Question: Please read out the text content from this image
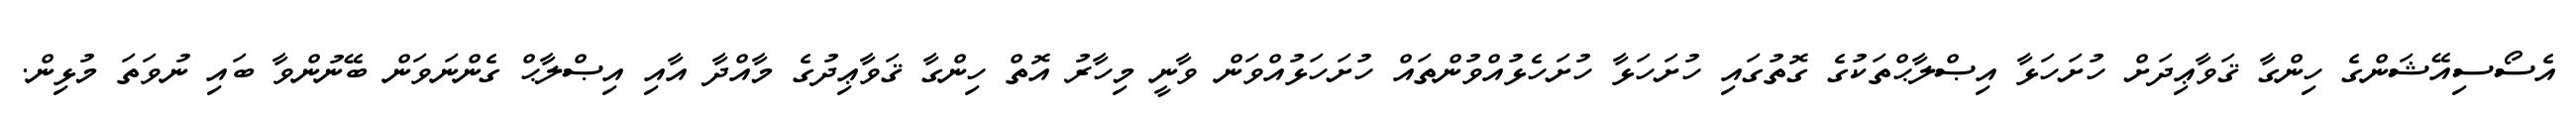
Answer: އެސޯސިއޭޝަންގެ ހިންގާ ޤަވާޢިދަށް ހުށަހަޅާ އިޞްލާޙްތަކުގެ ގޮތުގައި ހުށަހަޅާ ހުށަހެޅުއްވުންތައް ހުށަހަޅުއްވަން ވާނީ މިހާރު އޮތް ހިންގާ ޤަވާޢިދުގެ މާއްދާ އާއި އިޞްލާޙް ގެންނަވަން ބޭނުންވާ ބައި ނުވަތަ މުޅިން.